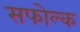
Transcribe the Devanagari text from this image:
सफोल्क